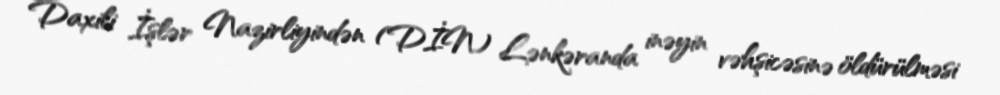
Daxili İşlər Nazirliyindən (DİN) Lənkəranda inəyin vəhşicəsinə öldürülməsi